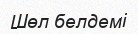
Шөл белдемі